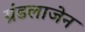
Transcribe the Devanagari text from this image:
ग्रंडलाजेन